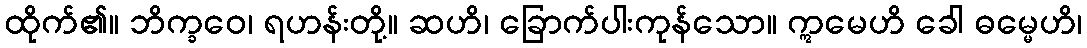
ထိုက်၏။ ဘိက္ခဝေ၊ ရဟန်းတို့။ ဆဟိ၊ ခြောက်ပါးကုန်သော။ ဣမေဟိ ခေါ ဓမ္မေဟိ၊